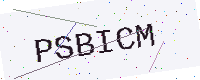
Text: PSBICM